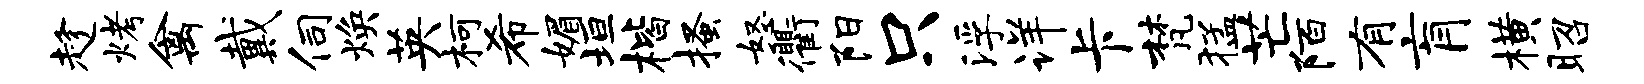
趁烤禽戴伺焕英柯希媚垣楷搔怒衢阳只浮详卡梵猛芒陌有肓横昭